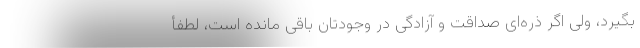
بگیرد، ولی اگر ذره‌ای صداقت و آزادگی در وجودتان باقی مانده است، لطفأ